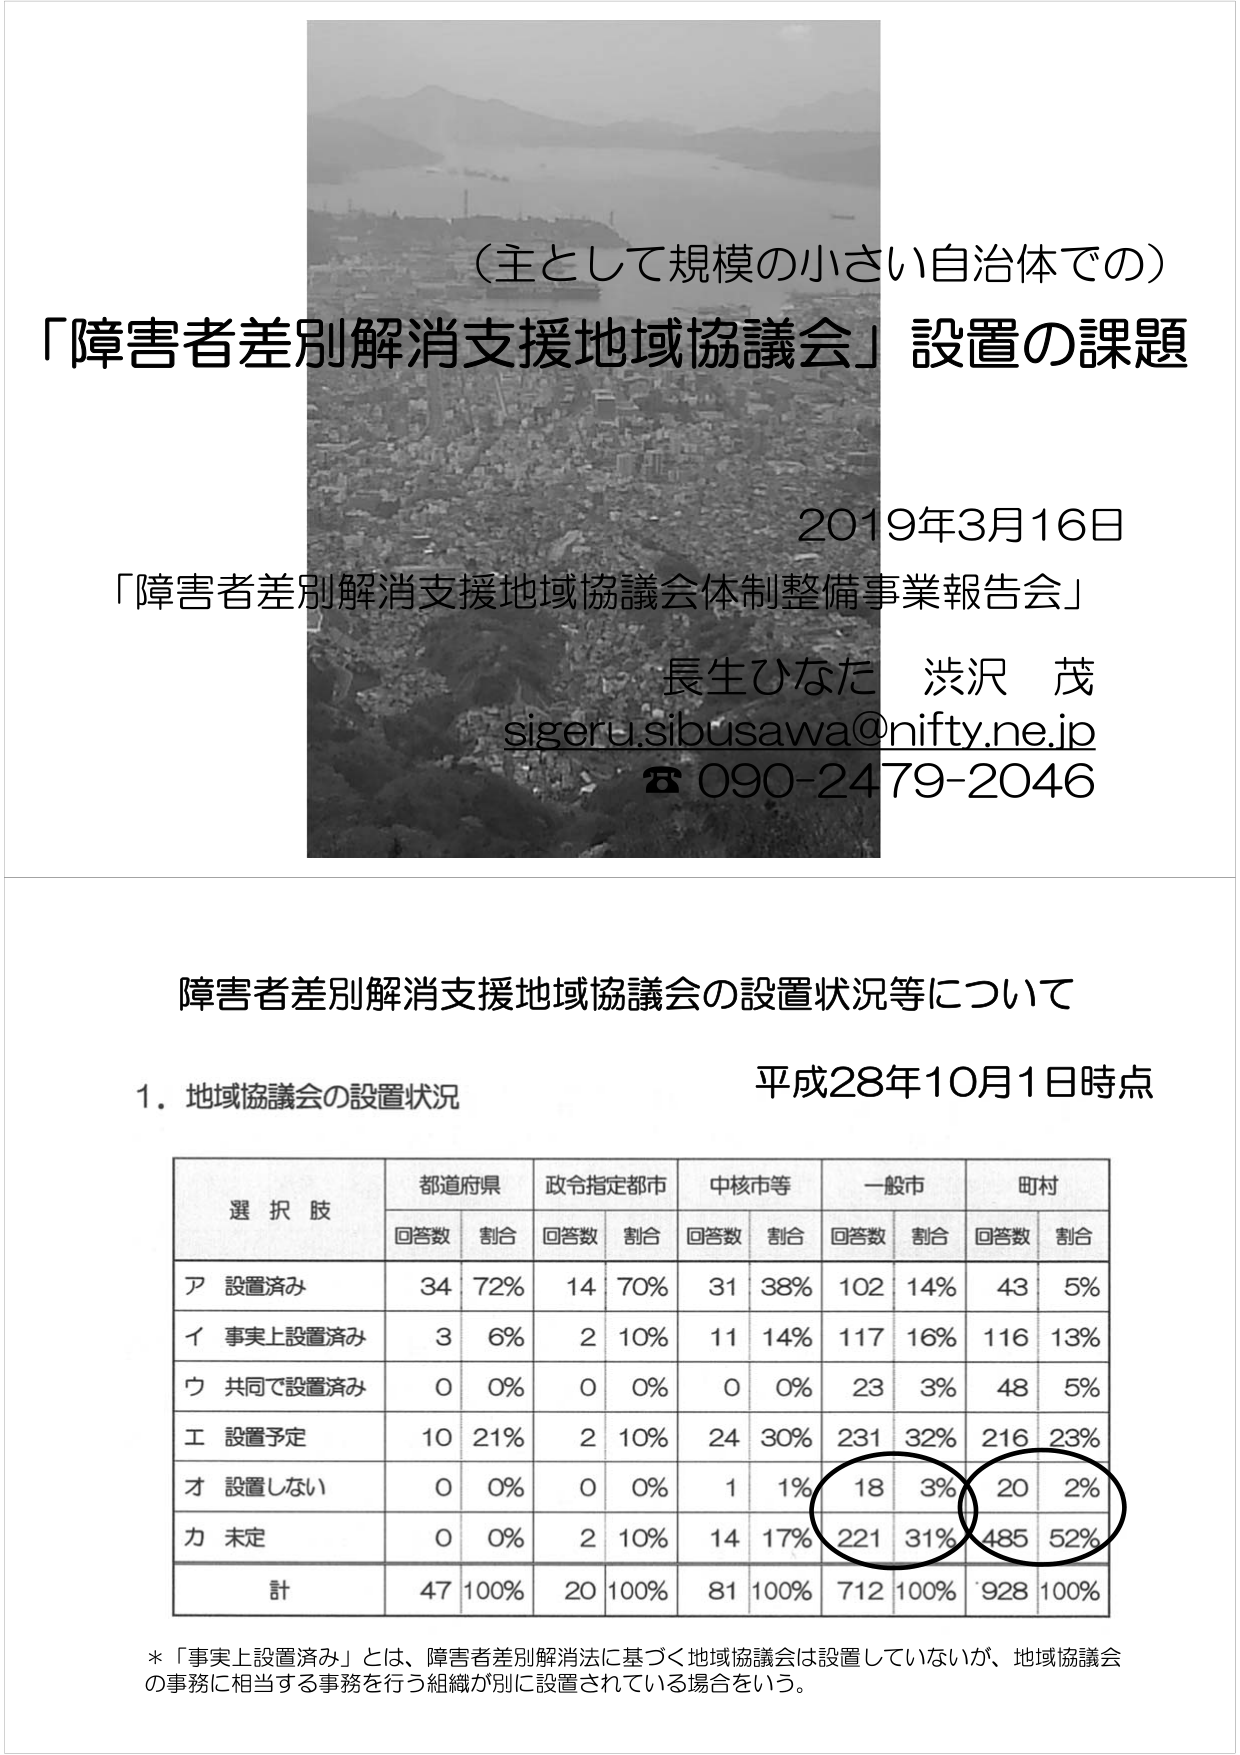
（主として規模の小さい自治体での）
「障害者差別解消支援地域協議会」設置の課題

2019年3月16日
「障害者差別解消支援地域協議会体制整備事業報告会」
長生ひなた 渋沢 茂
sigeru.sibusawa@nifty.ne.jp
☎ 090-2479-2046

障害者差別解消支援地域協議会の設置状況等について
平成28年10月1日時点

1．地域協議会の設置状況

選択肢　　都道府県　　政令指定都市　　中核市等　　一般市　　町村
　　　　　回答数　割合　回答数　割合　回答数　割合　回答数　割合　回答数　割合

ア 設置済み　　　34　72%　　14　70%　　31　38%　　102　14%　　43　5%
イ 事実上設置済み　3　6%　　2　10%　　11　14%　　117　16%　　116　13%
ウ 共同で設置済み　0　0%　　0　0%　　0　0%　　23　3%　　48　5%
エ 設置予定　　　10　21%　　2　10%　　24　30%　　231　32%　　216　23%
オ 設置しない　　　0　0%　　0　0%　　1　1%　　18　3%　　20　2%
カ 未定　　　　　　0　0%　　2　10%　　14　17%　　221　31%　　485　52%

計　　　　　　47　100%　　20　100%　　81　100%　　712　100%　　928　100%

＊「事実上設置済み」とは、障害者差別解消法に基づく地域協議会は設置していないが、地域協議会の事務に相当する事務を行う組織が別に設置されている場合をいう。